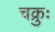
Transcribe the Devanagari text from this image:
चक्रुः